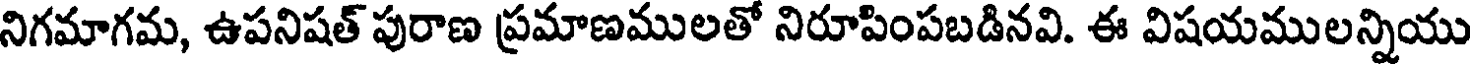
నిగమాగమ, ఉపనిషత్ పురాణ ప్రమాణములతో నిరూపింపబడినవి. ఈ విషయములన్నియు